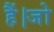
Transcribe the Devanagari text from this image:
हैं।जो